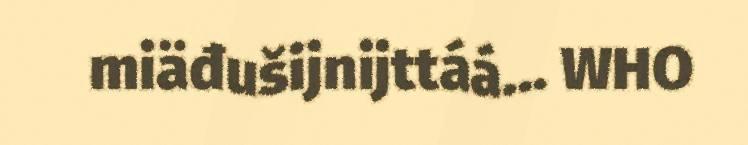
miäđušijnijttáá... WHO